Indian journal of veterinary science and animal husbandry - Volumes 22-23, 1952-1953
Year: 1952
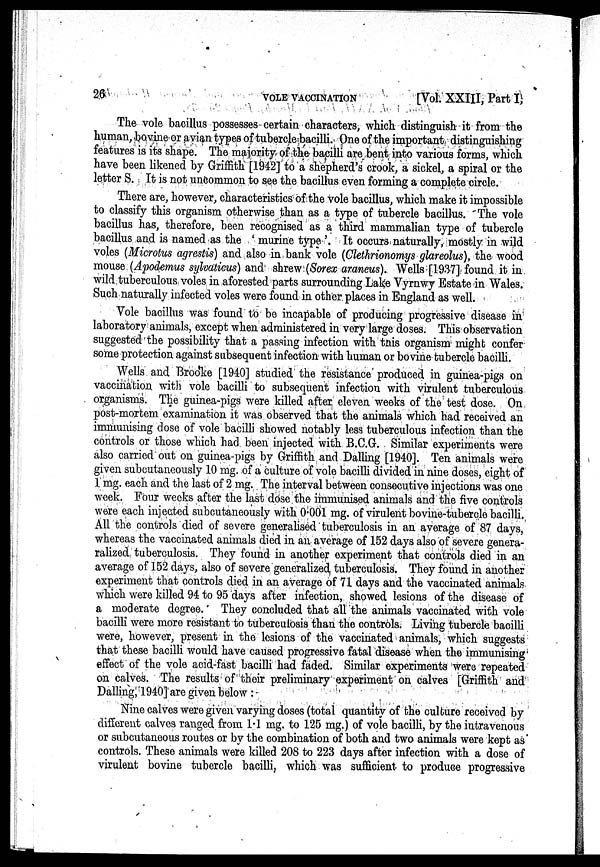
26
VOLE
VACCINATION
[Vol. XXIII, Part I,
The vole bacillus possesses certain characters, which distinguish it from the
human, bovine or avian types of tubercle bacilli. One of the important distinguishing
features is its shape. The majority of the bacilli are bent into various forms, which
have been likened by Griffith [1942] to a shepherd's crook, a sickel, a spiral or the
letter S. It is not uncommon to see the bacillus even forming a complete circle.
There are, however, characteristics of the vole bacillus, which make it impossible
to classify this organism otherwise than as a type of tubercle bacillus. The vole
bacillus has, therefore, been recognised as a third mammalian type of tubercle
bacillus and is named as the 'murine type'. It occurs naturally, mostly in wild
voles (Microtus agrestis) and also in bank vole (Clethrionomys glareolus), the wood
mouse (Apodemus sylvaticus) and shrew (Sorex araneus). Wells [1937] found it in.
wild tuberculous voles in aforested parts surrounding Lake Vyrnwy Estate in Wales.
Such naturally infected voles were found in other places in England as well.
Vole bacillus was found to be incapable of producing progressive disease in
laboratory animals, except when administered in very large doses. This observation
suggested the possibility that a passing infection with this organism might confer
some protection against subsequent infection with human or bovine tubercle bacilli.
Wells and Brooke [1940] studied the resistance produced in guinea-pigs on
vaccination with vole bacilli to subsequent infection with virulent tuberculous
organisms.
The guinea-pigs were killed after eleven weeks of the test dose. On,
post-mortem examination it was observed that the animals which had received an
immunising dose of vole bacilli showed notably less tuberculous infection than the
controls or those which had been injected with B.C.G. Similar experiments were
also carried out on guinea-pigs by Griffith and Dalling [1940]. Ten animals were
given subcutaneously 10 mg. of a culture of vole bacilli divided in nine doses, eight of
1 mg. each and the last of 2 mg. The interval between consecutive injections was one
week. Four weeks after the last dose the immunised animals and the five controls
were each injected subcutaneously with 0.001 mg. of virulent bovine-tubercle bacilli.
All the controls died of severe generalised tuberculosis in an average of 87 days,
whereas the vaccinated animals died in an average of 152 days also of severe genera-
ralized tuberculosis. They found in another experiment that controls died in an
average of 152 days, also of severe generalized tuberculosis. They found in another
experiment that controls died in an average of 71 days and the vaccinated animals
which were killed 94 to 95 days after infection, showed lesions of the disease of
a moderate degree. They concluded that all the animals vaccinated with vole
bacilli were more resistant to tuberculosis than the controls. Living tubercle bacilli
were, however, present in the lesions of the vaccinated animals, which suggests
that these bacilli would have caused progressive fatal disease when the immunising
effect of the vole acid-fast bacilli had faded. Similar experiments were repeated
on calves. The results of their preliminary experiment on calves [Griffith and
Dalling, 1940] are given below:
Nine calves were given varying doses (total quantity of the culture received by
different calves ranged from 1.1 mg. to 125 mg.) of vole bacilli, by the intravenous
or subcutaneous routes or by the combination of both and two animals were kept as
controls. These animals were killed 208 to 223 days after infection with a dose of
virulent bovine tubercle bacilli, which was sufficient to produce progressive